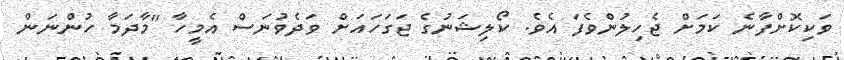
ވަކިކޮށްފާނެ ކަމަށް ޖެހިލުންވެފަ އެވެ. ކޯލިޝަނުގެ ޖަގަހައަށް ވަދެވުނަސް އެމީހާ "މާދަމާ ހުންނަން